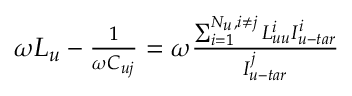
\begin{array} { r } { \omega { L _ { u } } - \frac { 1 } { { \omega { C _ { u j } } } } = \omega \frac { { \sum _ { i = 1 } ^ { { N _ { u } } , i \ne j } { L _ { u u } ^ { i } I _ { u - t a r } ^ { i } } } } { { I _ { u - t a r } ^ { j } } } } \end{array}